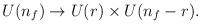
LaTeX: \begin{align*}U(n_f) \to U(r) \times U(n_f-r). \end{align*}